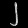
Digit: ၂